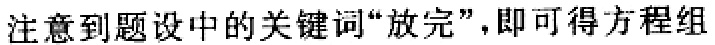
注意到题设中的关键词“放完”，即可得方程组